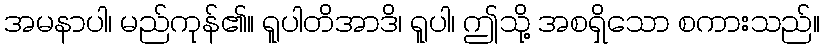
အမနာပါ၊ မည်ကုန်၏။ ရူပါတိအာဒိ၊ ရူပါ၊ ဤသို့ အစရှိသော စကားသည်။